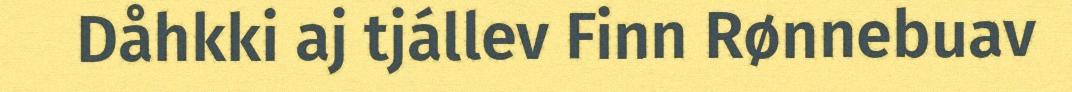
Dåhkki aj tjállev Finn Rønnebuav